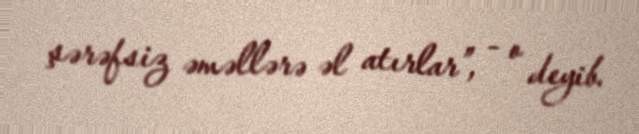
şərəfsiz əməllərə əl atırlar”, - o deyib.